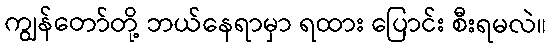
ကျွန်တော်တို့ ဘယ်နေရာမှာ ရထား ပြောင်း စီးရမလဲ။